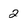
Character: 2